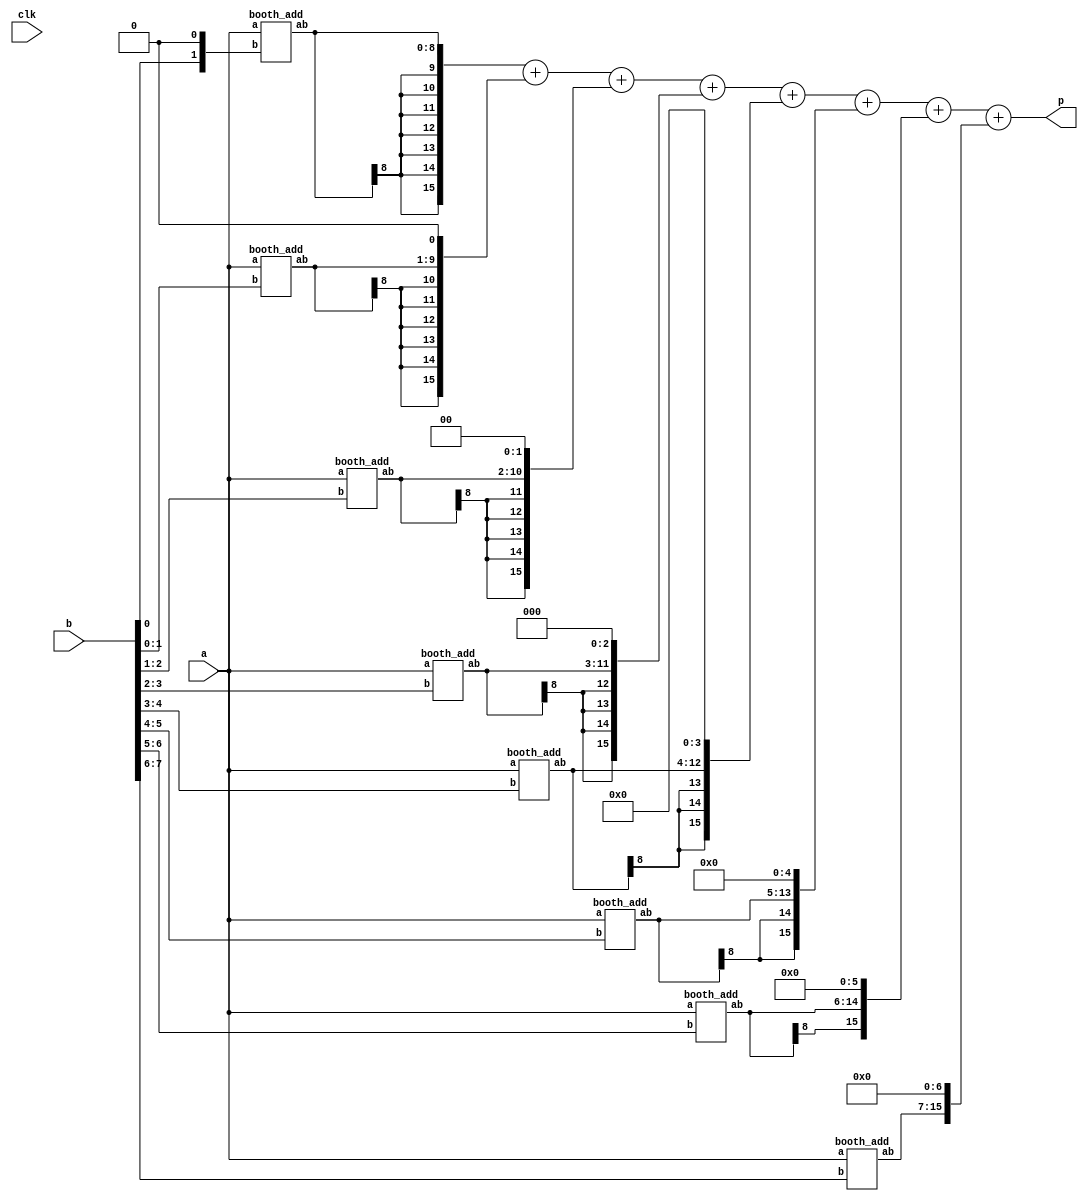
module MPY(clk,a, b, p);
    input [7:0] a, b;
	input clk;
    output [15:0] p;
    wire [8:0] add[7:0] ;
    wire [15:0] add_ext[7:0];
	
    booth_add booth1(a, {b[0],1'b0}, add[0]);
    booth_add booth2(a, b[1:0], add[1]);
    booth_add booth3(a, b[2:1], add[2]);
    booth_add booth4(a, b[3:2], add[3]);
	booth_add booth5(a, b[4:3], add[4]);
	booth_add booth6(a, b[5:4], add[5]);
	booth_add booth7(a, b[6:5], add[6]);
	booth_add booth8(a, b[7:6], add[7]);

    assign add_ext[0] = {{7{add[0][8]}}, add[0]};
    assign add_ext[1] = {{6{add[1][8]}}, add[1], 1'b0};
	assign add_ext[2] = {{5{add[2][8]}}, add[2], 2'b0};
	assign add_ext[3] = {{4{add[3][8]}}, add[3], 3'b0};
	assign add_ext[4] = {{3{add[4][8]}}, add[4], 4'b0};
	assign add_ext[5] = {{2{add[5][8]}}, add[5], 5'b0};
	assign add_ext[6] = {{1{add[6][8]}}, add[6], 6'b0};
	assign add_ext[7] = { add[7], 7'b0};
	
    assign p = add_ext[0] + add_ext[1] + add_ext[2] + add_ext[3] + add_ext[4] + add_ext[5] + add_ext[6] + add_ext[7];
endmodule

module booth_add(a, b, ab);
    input [7:0] a;
    input [1:0] b;
    wire signed [8:0] a_ext;
    output [8:0] ab;

    assign a_ext = {a[7],a};
    assign ab = (b==2'b01) ? a_ext:
                (b==2'b10) ? -a_ext:
                             33'b0;                                
endmodule